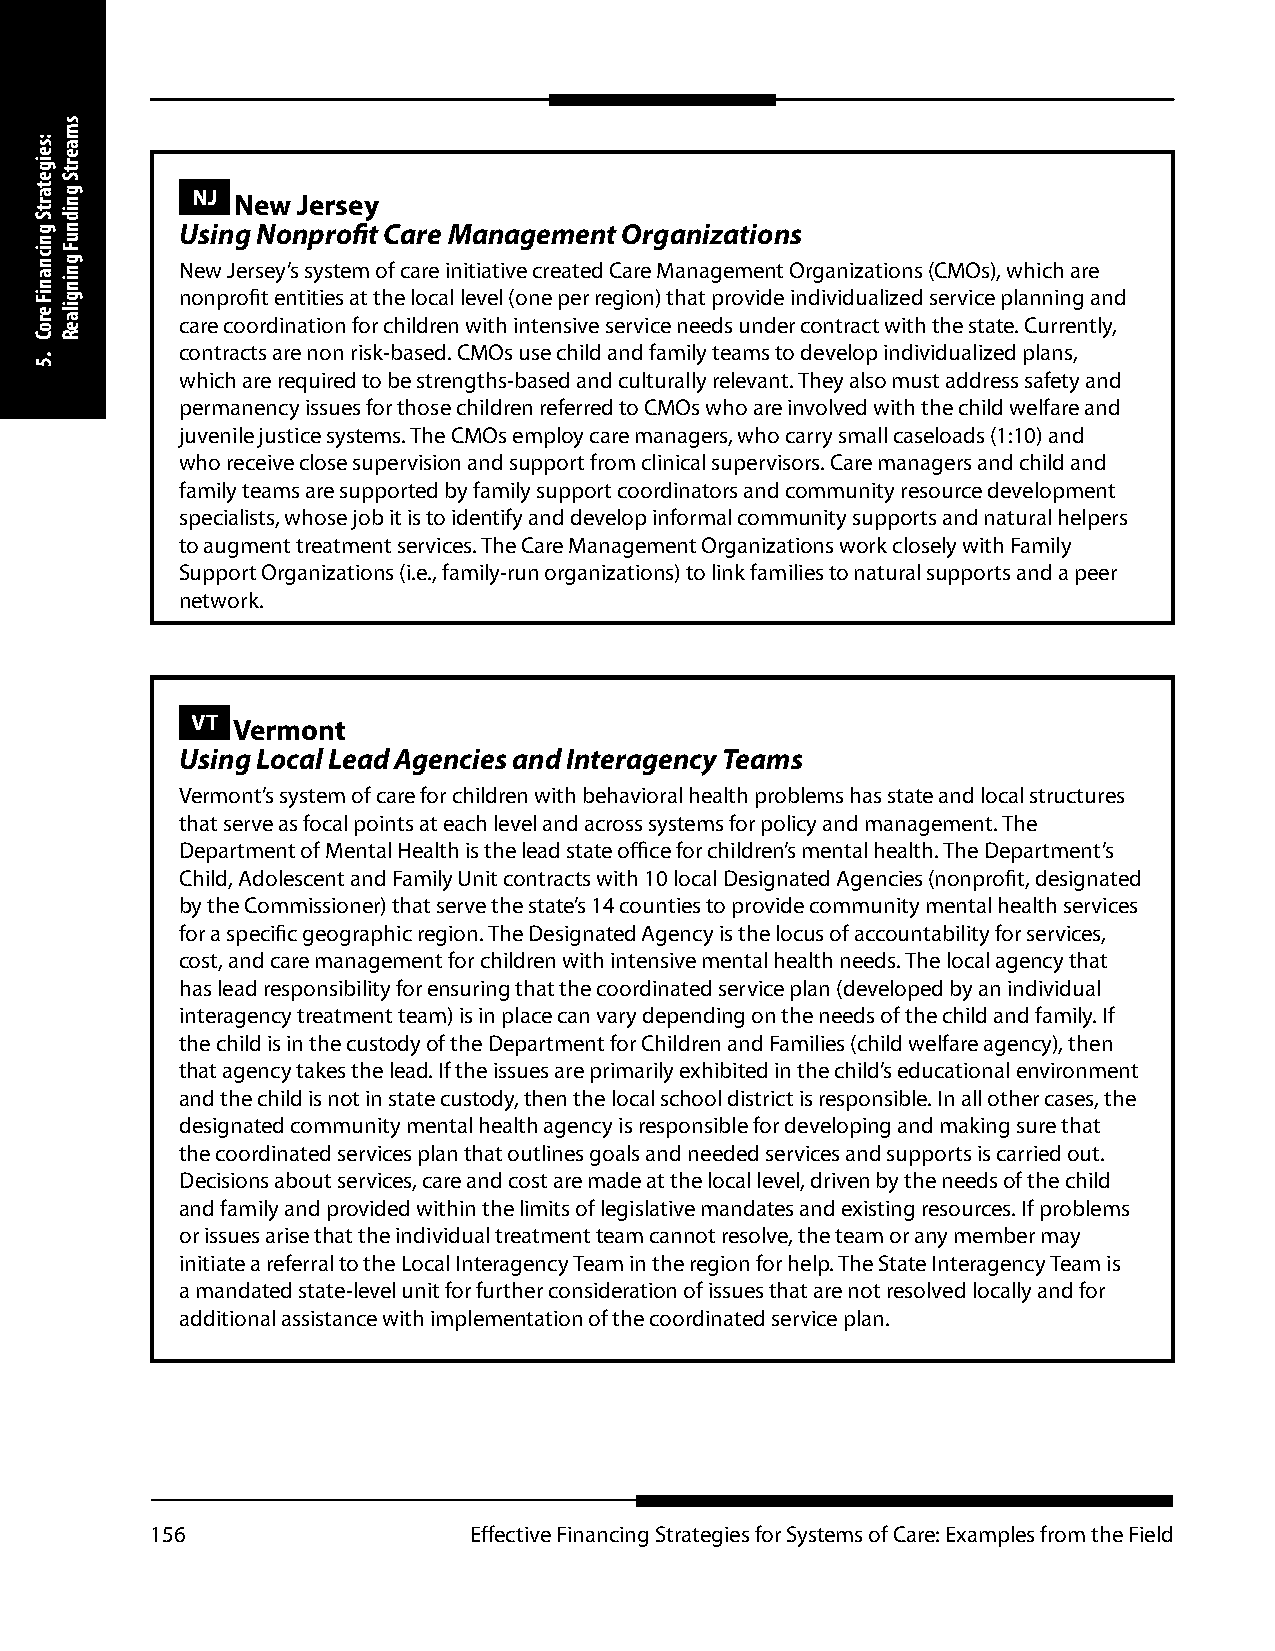
NJ New Jersey
 Using Nonprofit Care Management Organizations
 New Jersey’s system of care initiative created Care Management Organizations (CMOs), which are
 nonprofit entities at the local level (one per region) that provide individualized service planning and
 care coordination for children with intensive service needs under contract with the state. Currently,
 contracts are non risk-based. CMOs use child and family teams to develop individualized plans,
 which are required to be strengths-based and culturally relevant. They also must address safety and
 permanency issues for those children referred to CMOs who are involved with the child welfare and
 juvenile justice systems. The CMOs employ care managers, who carry small caseloads (1:10) and
 who receive close supervision and support from clinical supervisors. Care managers and child and
 family teams are supported by family support coordinators and community resource development
 specialists, whose job it is to identify and develop informal community supports and natural helpers
 to augment treatment services. The Care Management Organizations work closely with Family
 Support Organizations (i.e., family-run organizations) to link families to natural supports and a peer
 network.
 VT Vermont
 Using Local Lead Agencies and Interagency Teams
 Vermont’s system of care for children with behavioral health problems has state and local structures
 that serve as focal points at each level and across systems for policy and management. The
 Department of Mental Health is the lead state office for children’s mental health. The Department’s
 Child, Adolescent and Family Unit contracts with 10 local Designated Agencies (nonprofit, designated
 by the Commissioner) that serve the state’s 14 counties to provide community mental health services
 for a specific geographic region. The Designated Agency is the locus of accountability for services,
 cost, and care management for children with intensive mental health needs. The local agency that
 has lead responsibility for ensuring that the coordinated service plan (developed by an individual
 interagency treatment team) is in place can vary depending on the needs of the child and family. If
 the child is in the custody of the Department for Children and Families (child welfare agency), then
 that agency takes the lead. If the issues are primarily exhibited in the child’s educational environment
 and the child is not in state custody, then the local school district is responsible. In all other cases, the
 designated community mental health agency is responsible for developing and making sure that
 the coordinated services plan that outlines goals and needed services and supports is carried out.
 Decisions about services, care and cost are made at the local level, driven by the needs of the child
 and family and provided within the limits of legislative mandates and existing resources. If problems
 or issues arise that the individual treatment team cannot resolve, the team or any member may
 initiate a referral to the Local Interagency Team in the region for help. The State Interagency Team is
 a mandated state-level unit for further consideration of issues that are not resolved locally and for
 additional assistance with implementation of the coordinated service plan.
 156                  Effective Financing Strategies for Systems of Care: Examples from the Field
 :seigetartS
 gnicnaniF
 eroC
 .5
 smaertS
 gnidnuF
 gningilaeR